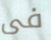
فى